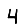
Digit: 4